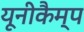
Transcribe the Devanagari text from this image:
यूनीकैम्प